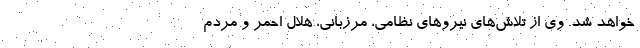
خواهد شد. وی از تلاش‌های نیروهای نظامی، مرزبانی، هلال احمر و مردم